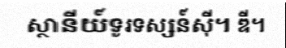
ស្ថានីយ៍ទូរទស្សន៍ស៊ី។ ឌី។